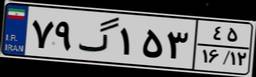
۲۷گ۷۶۴۷۸